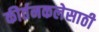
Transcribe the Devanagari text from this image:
कीर्तनकलेसाठी